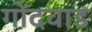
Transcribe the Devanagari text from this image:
गोंदवाड